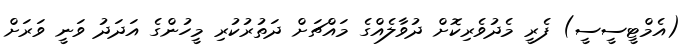
(އެމްޓީސީސީ) ފެރީ މެދުވެރިކޮށް ދުވާލެއްގެ މައްޗަށް ދަތުރުކުރި މީހުންގެ އަދަދު ވަނީ ވަރަށް